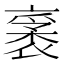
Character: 𧛙